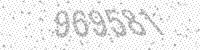
Solution: 969581